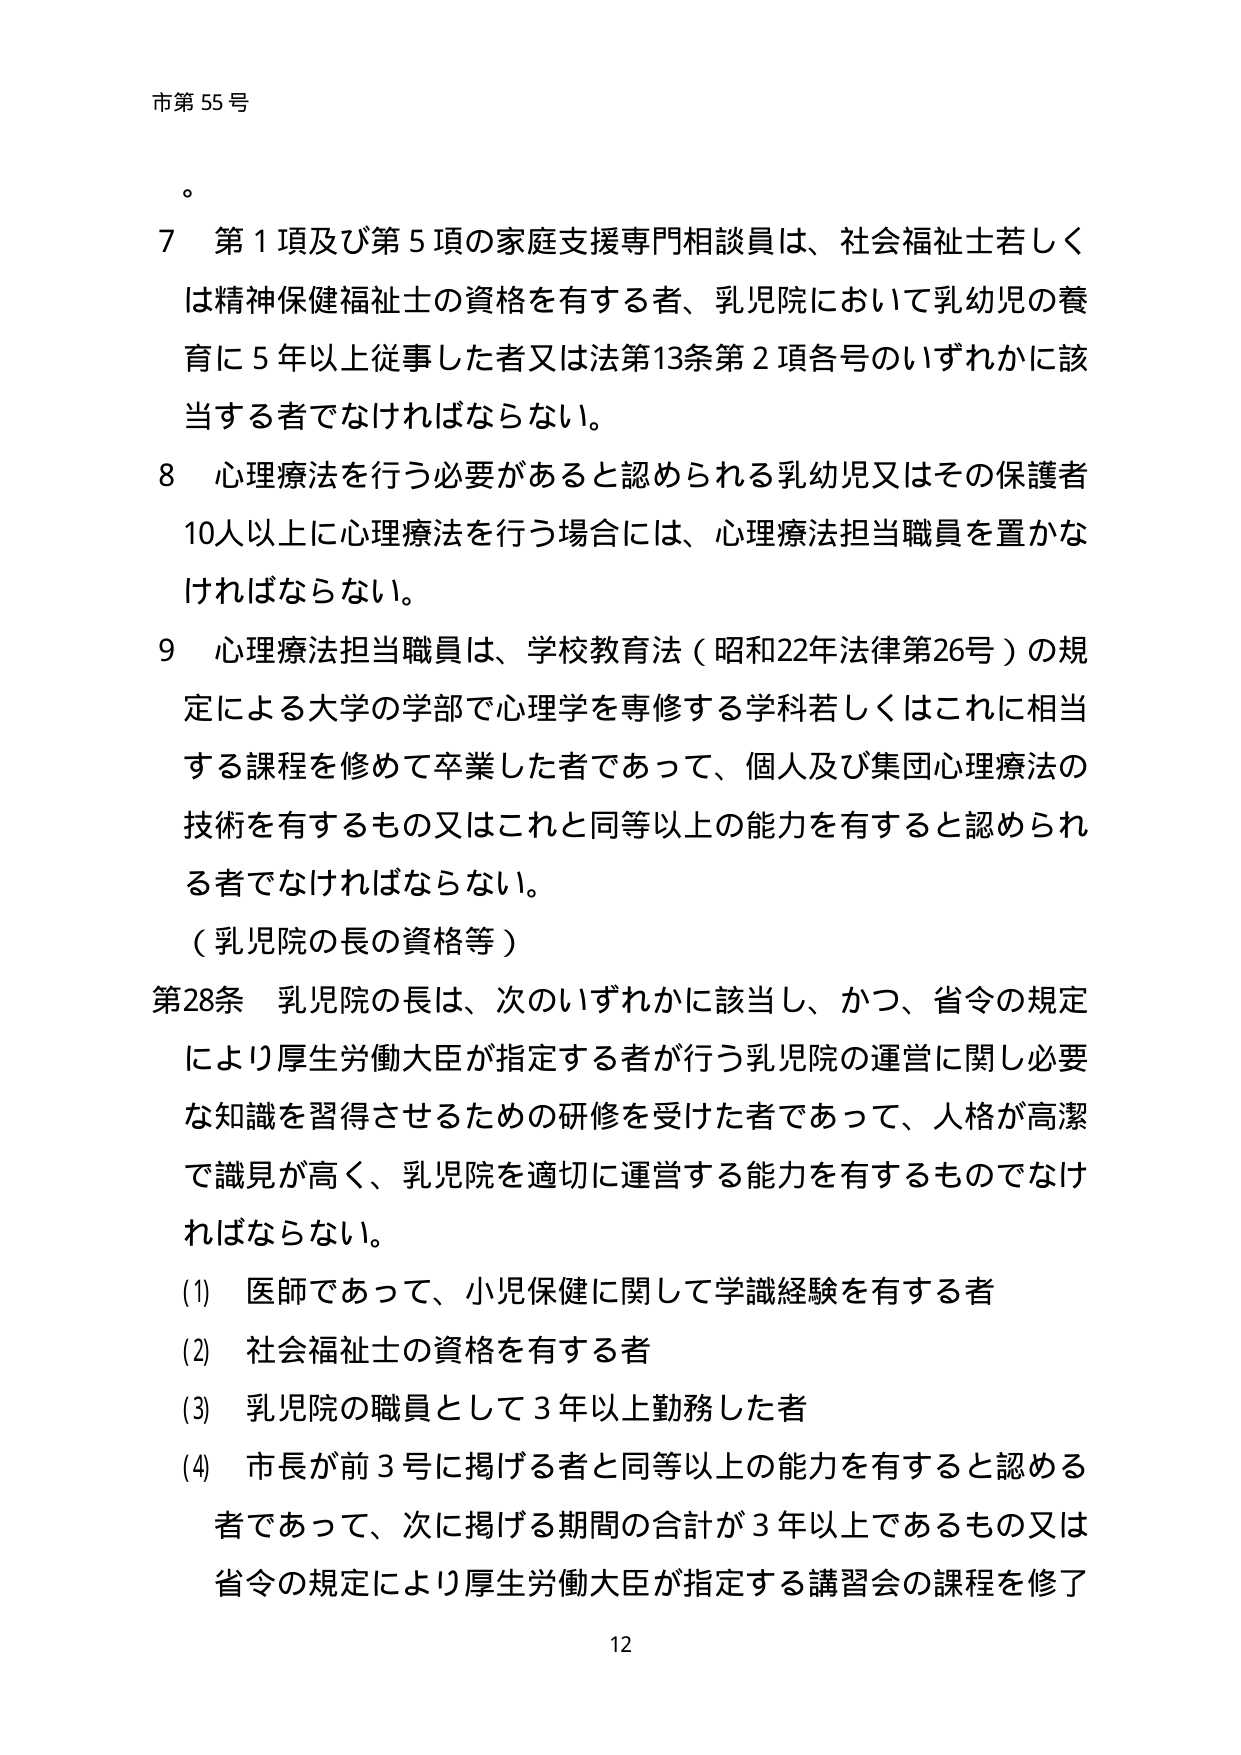
市第55号

。

7 第1項及び第5項の家庭支援専門相談員は、社会福祉士若しくは精神保健福祉士の資格を有する者、乳児院において乳幼児の養育に5年以上従事した者又は法第13条第2項各号のいずれかに該当する者でなければならない。

8 心理療法を行う必要があると認められる乳幼児又はその保護者10人以上に心理療法を行う場合には、心理療法担当職員を置かなければならない。

9 心理療法担当職員は、学校教育法（昭和22年法律第26号）の規定による大学の学部で心理学を専修する学科若しくはこれに相当する課程を修めて卒業した者であって、個人及び集団心理療法の技術を有するもの又はこれと同等以上の能力を有すると認められる者でなければならない。

（乳児院の長の資格等）

第28条 乳児院の長は、次のいずれかに該当し、かつ、省令の規定により厚生労働大臣が指定する者が行う乳児院の運営に関し必要な知識を習得させるための研修を受けた者であって、人格が高潔で識見が高く、乳児院を適切に運営する能力を有するものでなければならない。

(1) 医師であって、小児保健に関して学識経験を有する者

(2) 社会福祉士の資格を有する者

(3) 乳児院の職員として3年以上勤務した者

(4) 市長が前3号に掲げる者と同等以上の能力を有すると認める者であって、次に掲げる期間の合計が3年以上であるもの又は省令の規定により厚生労働大臣が指定する講習会の課程を修了

12